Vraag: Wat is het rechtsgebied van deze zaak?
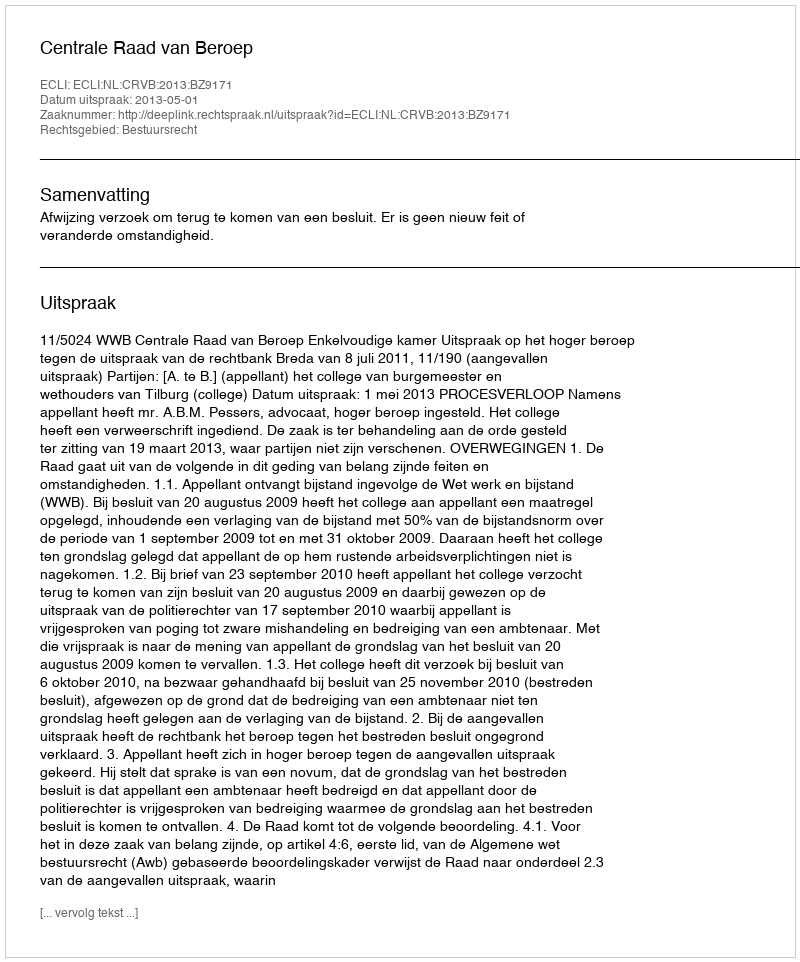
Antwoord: Bestuursrecht